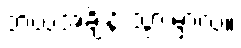
ဘယ်အချိန် သွားမှာလဲ။